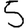
Digit: 5